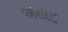
અસાઈ